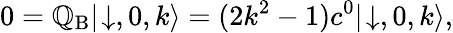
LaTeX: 0=\mathbb{Q}_{\mathrm{{B}}}|\! \downarrow,0,k\rangle=(2k^{2}-1)c^{0}|\! \downarrow,0,k\rangle,